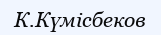
К.Күмісбеков